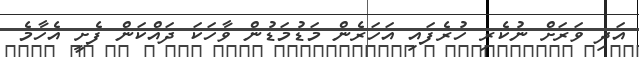
އަދި ވަރަށް ނުކެރި ހުރެފައި އަހަރެން މަޑުމަޑުން ވާހަކަ ދައްކަން ފެށީ އެހާމެ